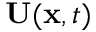
\mathbf { U } ( \mathbf { x } , t )